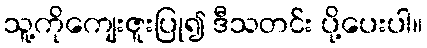
သူ့ကိုကျေးဇူးပြု၍ ဒီသတင်း ပို့ပေးပါ။